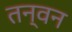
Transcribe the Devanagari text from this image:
तन्वन